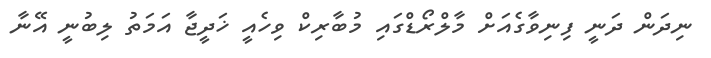
ނިދަން ދަނީ ފިނިވާގެއަށް މާލްރޯޑްގައި މުބާރިކް ވިހެއީ ޚަދީޖާ އަމަތު ލިބުނީ އޭނާ